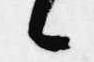
候